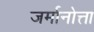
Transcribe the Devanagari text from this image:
जर्मानोत्ता